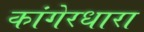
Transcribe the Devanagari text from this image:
कांगेरधारा